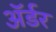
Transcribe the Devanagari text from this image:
ॲर्डर